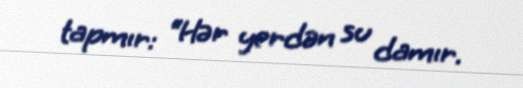
tapmır: “Hər yerdən su damır.